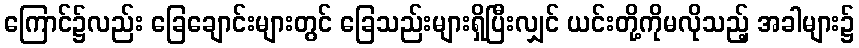
ကြောင်၌လည်း ခြေချောင်းများတွင် ခြေသည်းများရှိပြီးလျှင် ယင်းတို့ကိုမလိုသည့် အခါများ၌